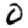
Digit: 0